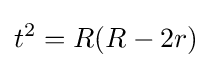
t^{2}=R(R-2r)